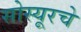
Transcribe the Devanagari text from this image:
सोस्यूरचे